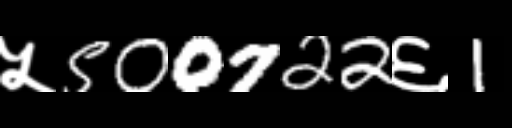
Text: ५500722६1